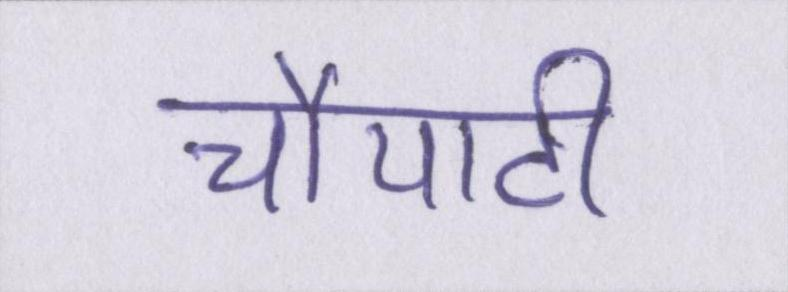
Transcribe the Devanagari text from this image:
चौपाटी